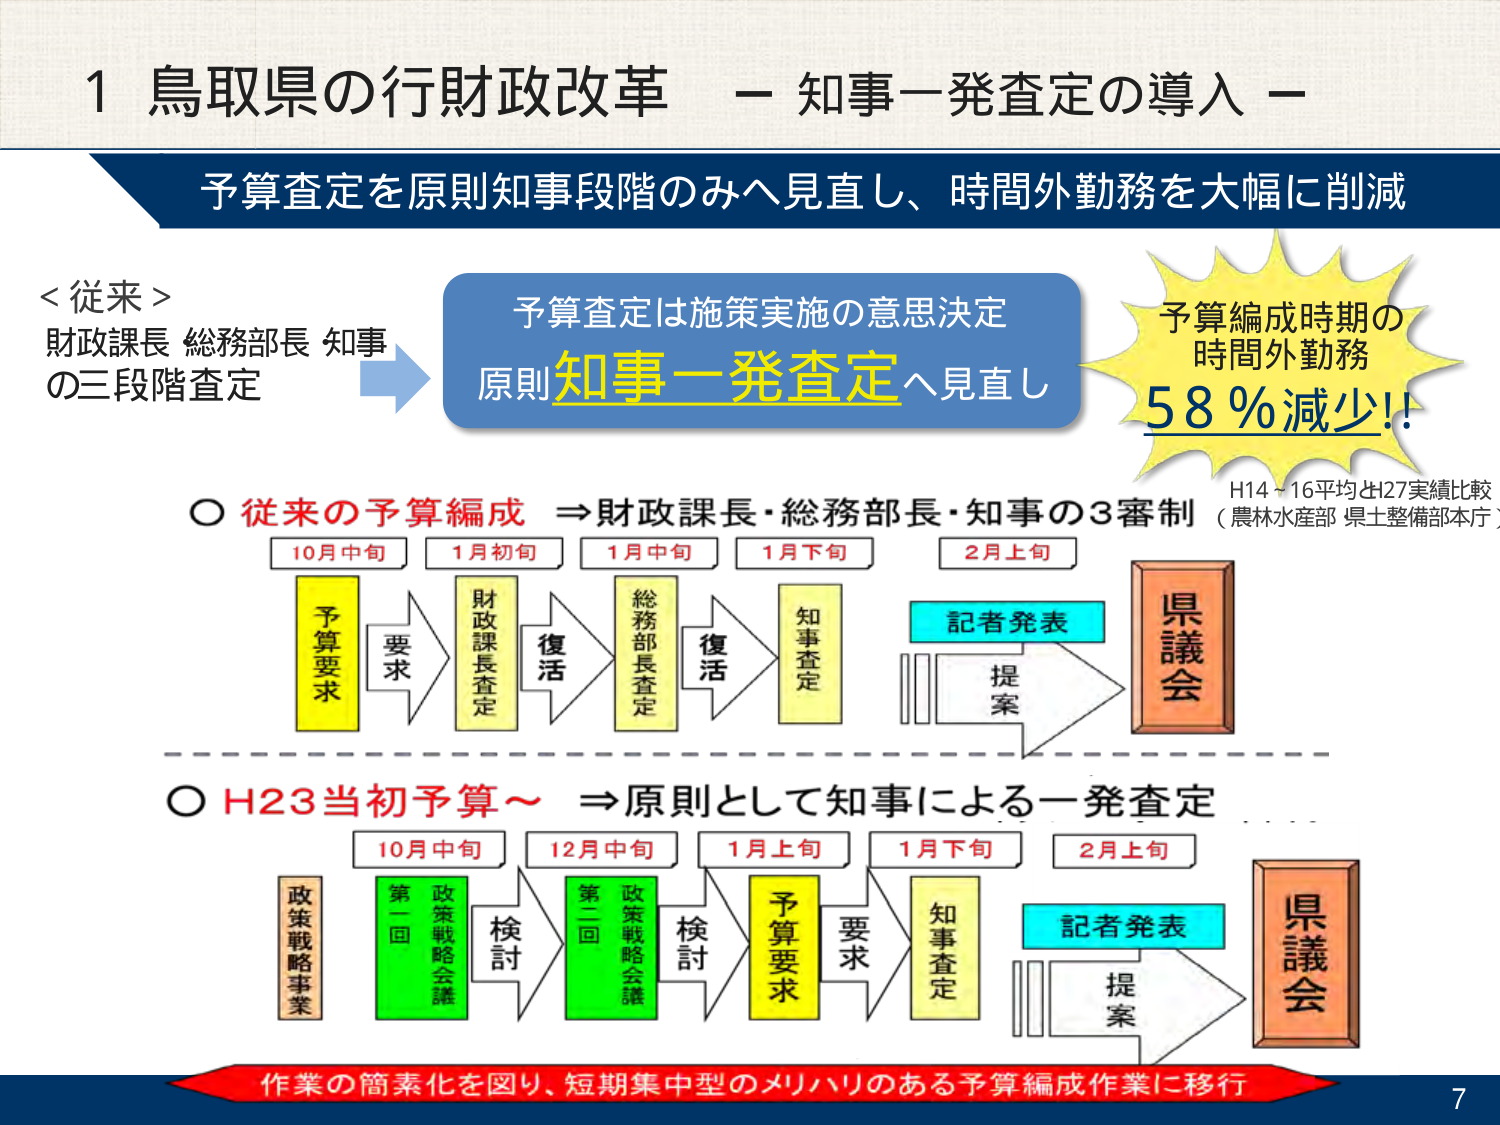
1 鳥取県の行財政改革 － 知事一発査定の導入 －

予算査定を原則知事段階のみへ見直し、時間外勤務を大幅に削減

＜従来＞
財政課長 総務部長 知事
の三段階査定

予算査定は施策実施の意思決定
原則知事一発査定へ見直し

予算編成時期の
時間外勤務
58％減少!!

H14～16平均とH27実績比較
（農林水産部 県土整備部本庁）

○ 従来の予算編成 ⇒財政課長・総務部長・知事の3審制
10月中旬 1月初旬 1月中旬 1月下旬 2月上旬
予算要求 → 要求 → 財政課長査定 → 復活 → 総務部長査定 → 復活 → 知事査定 → 記者発表 → 提案 → 県議会

○ H23当初予算～ ⇒原則として知事による一発査定
10月中旬 12月中旬 1月上旬 1月下旬 2月上旬
政策戦略事業 → 第一回政策戦略会議 → 検討 → 第二回政策戦略会議 → 検討 → 予算要求 → 要求 → 知事査定 → 記者発表 → 提案 → 県議会

作業の簡素化を図り、短期集中型のメリハリのある予算編成作業に移行

7